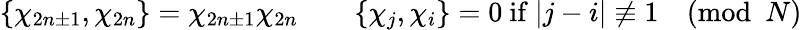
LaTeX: \{ \chi_{2n\pm 1},\chi_{2n}\} =\chi_{2n\pm 1}\chi_{2n}\qquad\{ \chi_{j},\chi_{i}\} =0\mathrm{~if~}|j-i|\not\equiv 1\pmod{N}